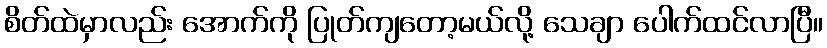
စိတ်ထဲမှာလည်း အောက်ကို ပြုတ်ကျတော့မယ်လို့ သေချာ ပေါက်ထင်လာပြီ။